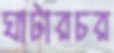
ঘাটারচর